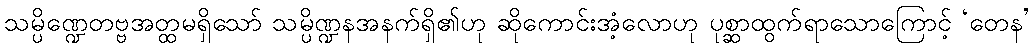
သမ္ပိဏ္ဍေတဗ္ဗအတ္ထမရှိသော် သမ္ပိဏ္ဍနအနက်ရှိ၏ဟု ဆိုကောင်းအံ့လောဟု ပုစ္ဆာထွက်ရာသောကြောင့် ‘တေန’